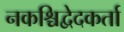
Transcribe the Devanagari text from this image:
नकश्चिद्वेदकर्ता